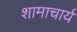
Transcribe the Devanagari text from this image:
शामाचार्य